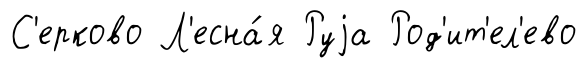
С'ерково Л'есна́я Руjа Род'ит'ел'ево